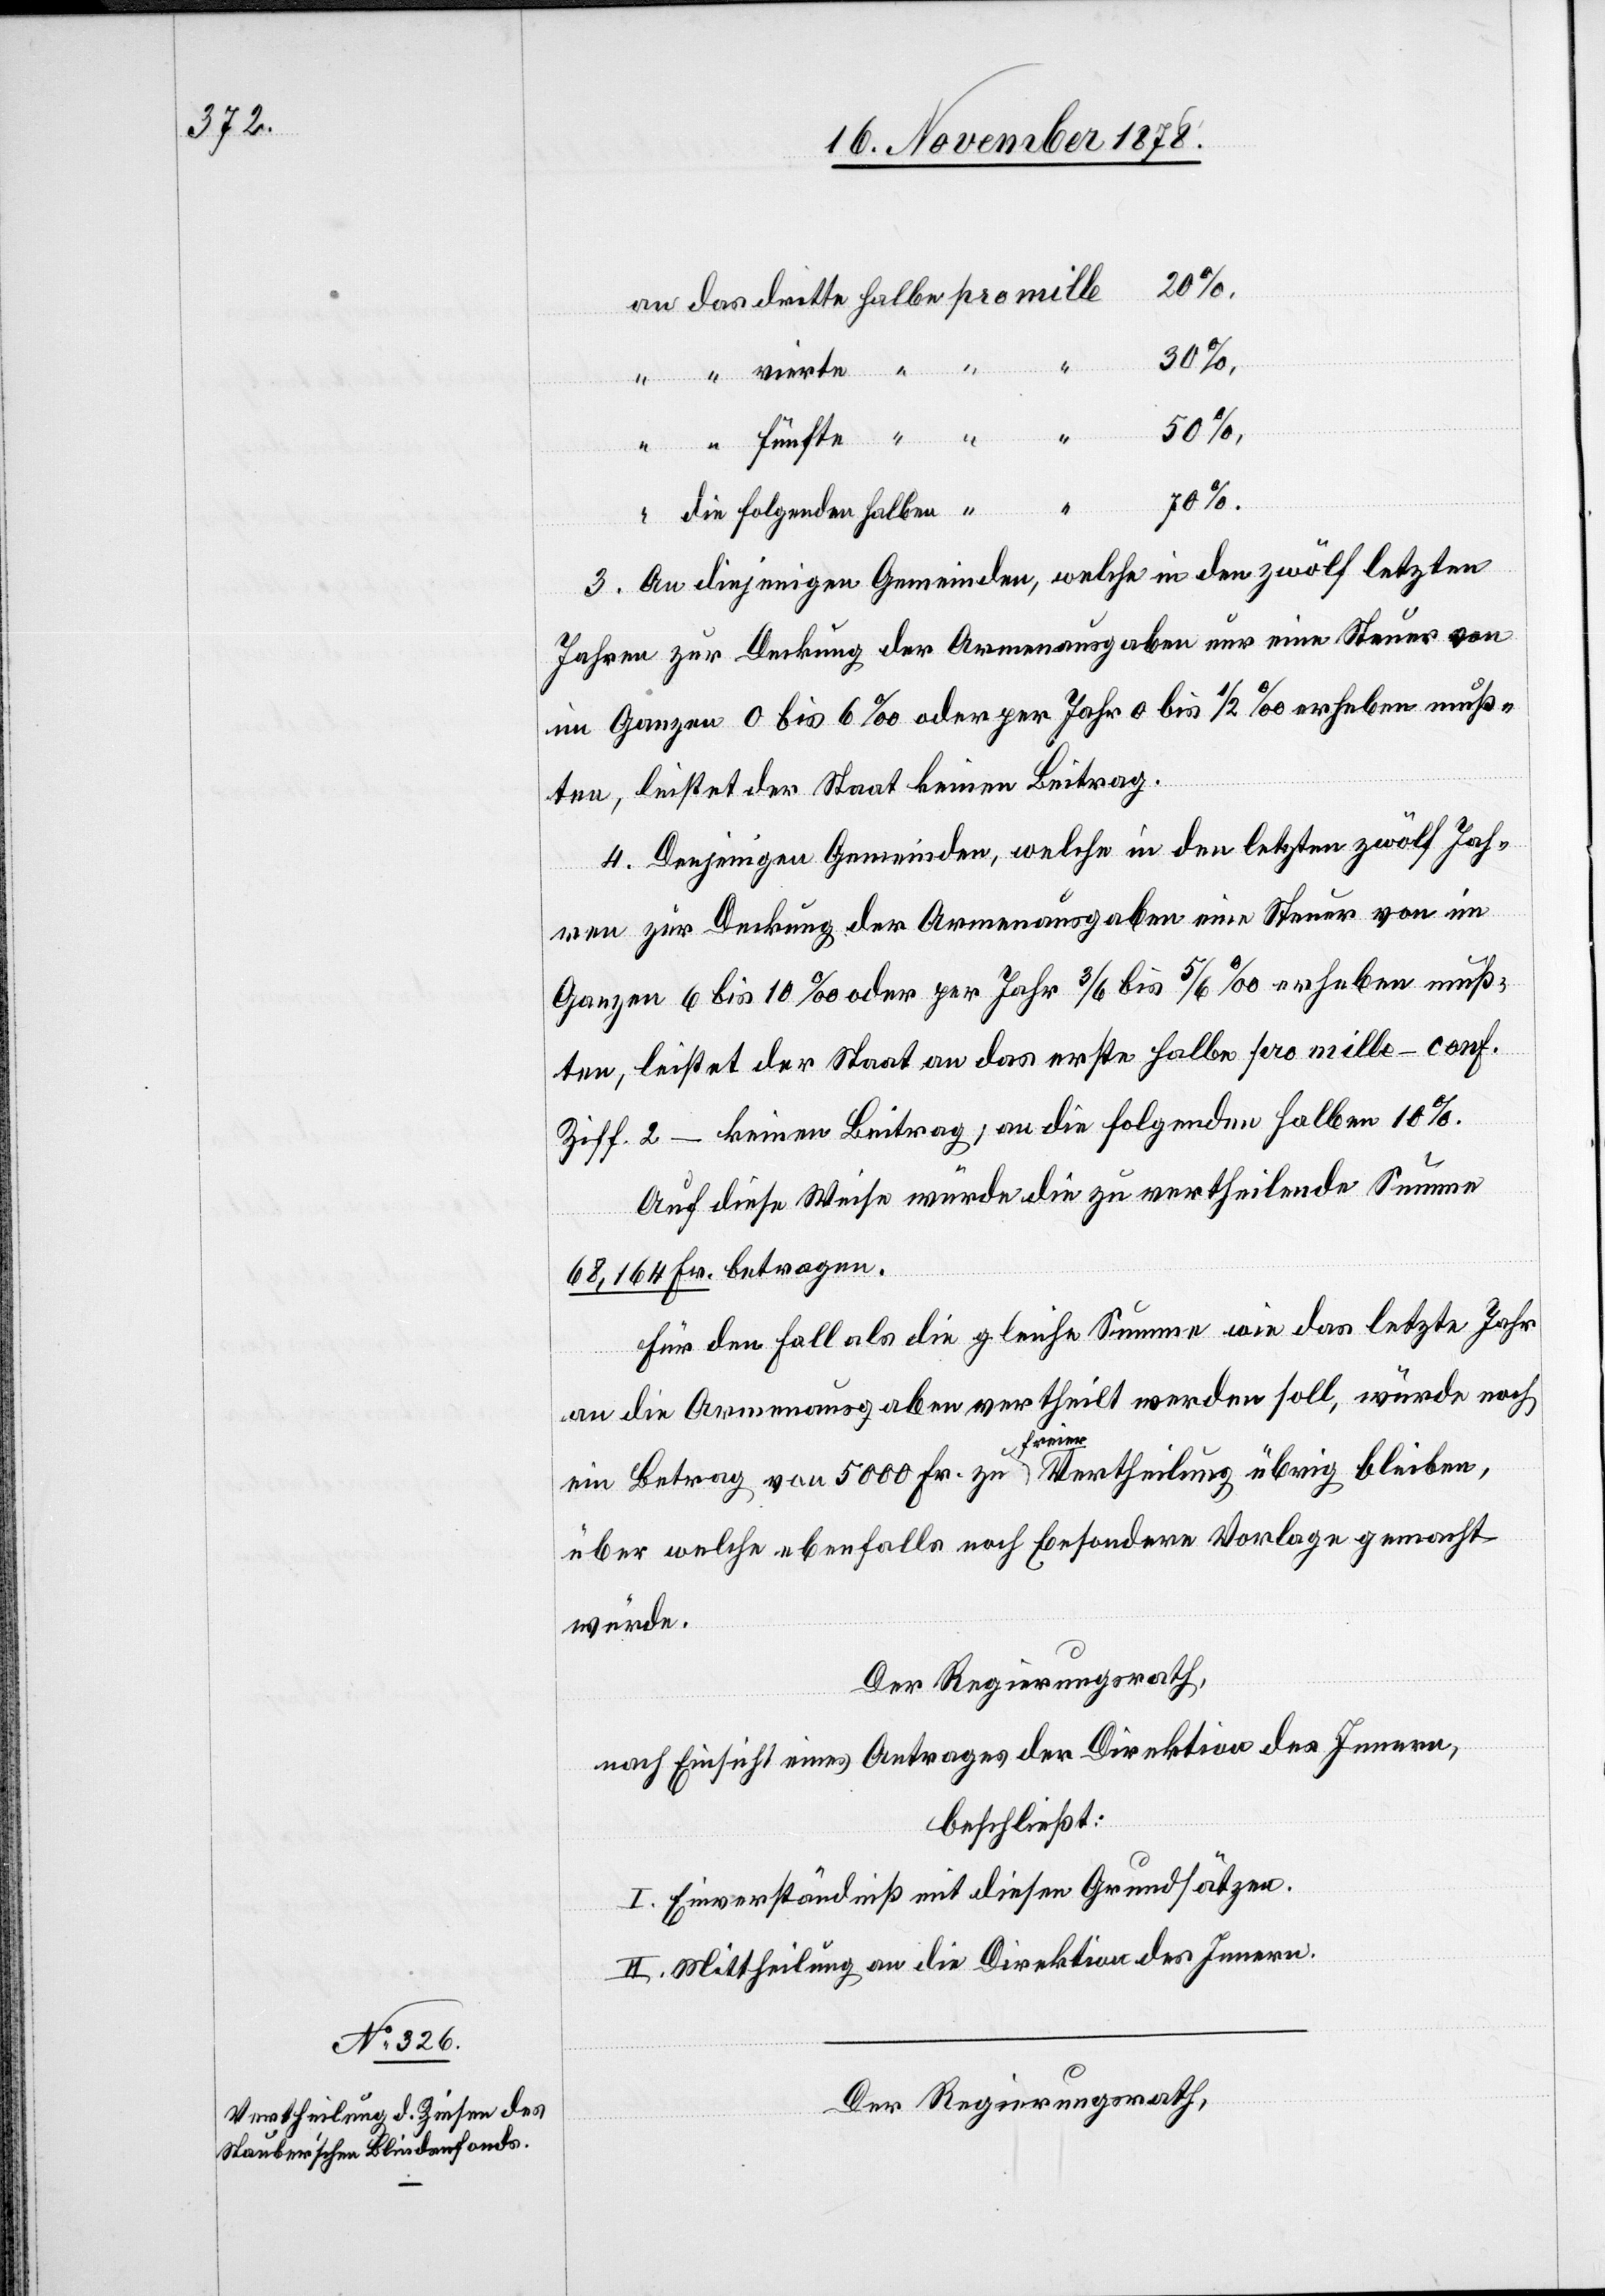
30%,
50%,
3. An diejenigen Gemeinden, welche in den zwölf letzten
Jahren zur Deckung der Armenausgaben nur eine Steuer von
im Ganzen 0 bis 6‰ oder per Jahr 0 bis 1/2‰ erheben muß¬
ten, leistet der Staat keinen Beitrag.
4. Diejenigen Gemeinden, welche in den letzten zwölf Jah¬
“
ren zur Deckung der Armenausgaben eine Steuer von im
Ganzen 6 bis 10‰ oder per Jahr 3/6 bis 5/6‰ erheben muß¬
ten, leistet der Staat an das erste halbe pro mille – conf.
Ziff. 2 – keinen Beitrag; an die folgenden halben 10%.
Auf diese Weise würde die zu vertheilende Summe
halben
68,164 Fr. betragen.
Für den Fall als die gleiche Summe wie das letzte Jahr
an die Armenausgaben vertheilt werden soll, würde noch
ein Betrag von 5000 Fr. zu freier Vertheilung übrig bleiben,
über welche ebenfalls noch besondere Vorlage gemacht
würde.
Der Regierungsrath,
nach Einsicht eines Antrages der Direktion des Innern,
beschließt:
I. Einverständniß mit diesen Grundsätzen.
II. Mittheilung an die Direktion des Innern.
Der Regierungsrath,